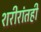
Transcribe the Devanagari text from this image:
शरीरांतही